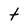
Character: t